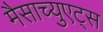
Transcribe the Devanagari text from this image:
मैसाच्युएट्स